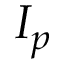
I _ { p }